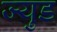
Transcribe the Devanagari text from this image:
ज्युड